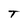
Character: T